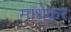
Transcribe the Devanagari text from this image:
माधेकर